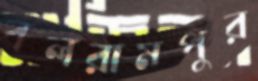
বলরামপুর